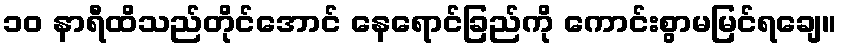
၁၀ နာရီထိသည်တိုင်အောင် နေရောင်ခြည်ကို ကောင်းစွာမမြင်ရချေ။